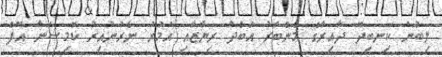
ލިބުނު ކިނބިދޫ ދާއިރާގެ މެންބަރު އަބްދު ރިޔާޒާއި އަމުރު ނެރުނުއިރު ކޮމިޝަނާ އޮފް